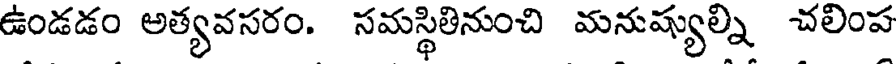
ఉండడం అత్యవసరం. సమస్థితినుంచి మనుష్యుల్ని చలింప